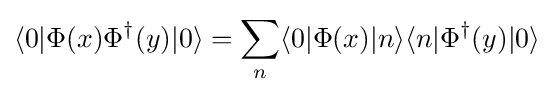
\langle 0|\Phi (x)\Phi ^{\dagger }(y)|0\rangle =\sum _{n}\langle 0|\Phi (x)|n\rangle \langle n|\Phi ^{\dagger }(y)|0\rangle